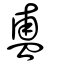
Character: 盙